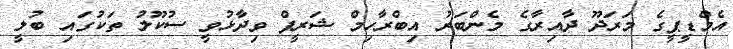
އެމްޑީޕީގެ މަރަދޫ ދާއިރާގެ މެންބަރު އިބްރާހިމް ޝަރީފް ވިދާޅުވީ ސުކޫލު ތަކުގައި ބުލީ